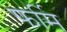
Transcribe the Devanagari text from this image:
फर्मि